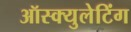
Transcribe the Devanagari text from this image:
ऑस्क्युलेटिंग